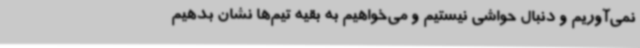
نمی‌آوریم و دنبال حواشی نیستیم و می‌خواهیم به بقیه تیم‌ها نشان بدهیم